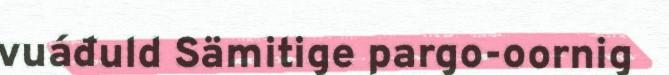
vuáđuld Sämitige pargo-oornig